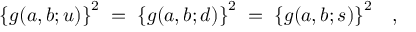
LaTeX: \left\{ g ( a , b ; u ) \right\} ^ { 2 } \; = \; \left\{ g ( a , b ; d ) \right\} ^ { 2 } \; = \; \left\{ g ( a , b ; s ) \right\} ^ { 2 } \; \; \; ,